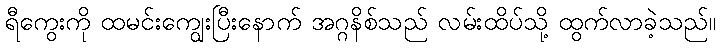
ရီကွေးကို ထမင်းကျွေးပြီးနောက် အဂ္ဂနိစ်သည် လမ်းထိပ်သို့ ထွက်လာခဲ့သည်။